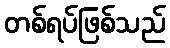
တစ်ရပ်ဖြစ်သည်